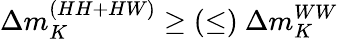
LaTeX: \Delta m_{K}^{(HH+HW)}\geq(\leq)\ \Delta m_{K}^{WW}